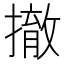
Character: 撤